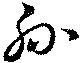
孫